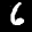
Label: 6